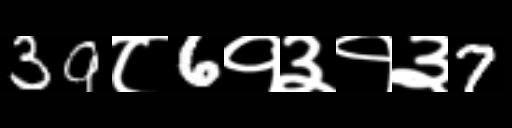
Text: 39८6१३१३7